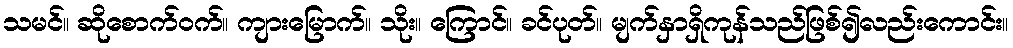
သမင်။ ဆိုစောက်ဝက်။ ကျားမြောက်။ သိုး။ ကြောင်။ ခင်ပုတ်။ မျက်နှာရှိကုန်သည်ဖြစ်၍လည်းကောင်း။